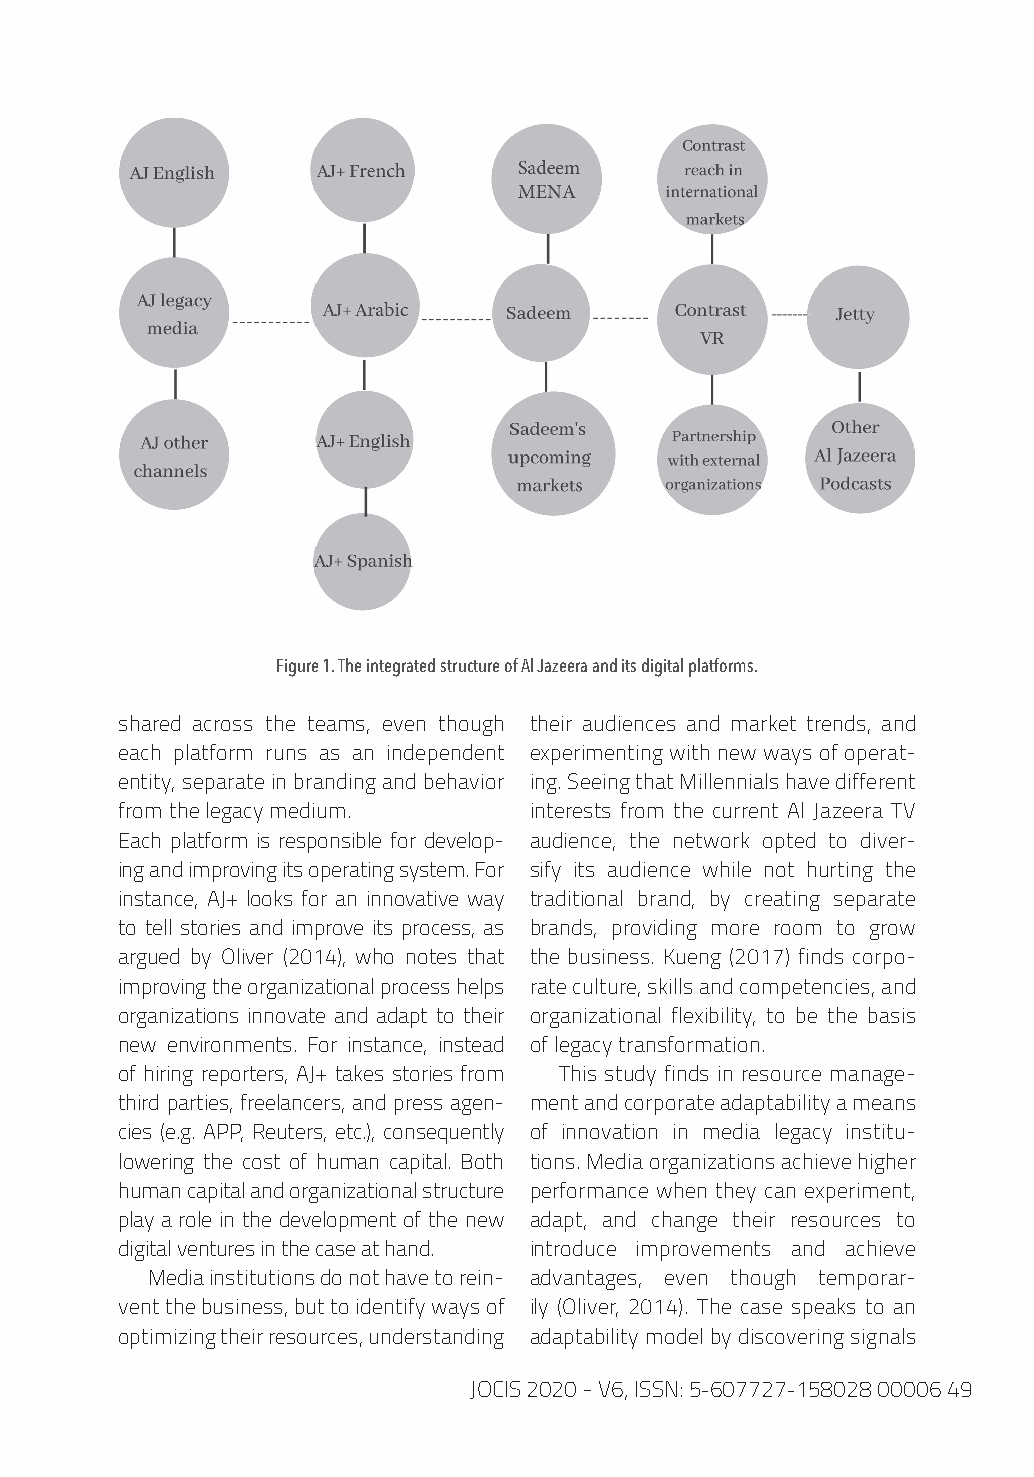
Figure 1. The integrated structure of Al Jazeera and its digital platforms.
 shared across the teams, even though their audiences and market trends, and
 each platform runs as an independent experimenting with new ways of operat-
 entity, separate in branding and behavior ing. Seeing that Millennials have different
 from the legacy medium.    interests from the current Al Jazeera TV
 Each platform is responsible for develop- audience, the network opted to diver-
 ing and improving its operating system. For sify its audience while not hurting the
 instance, AJ+ looks for an innovative way traditional brand, by creating separate
 to tell stories and improve its process, as brands, providing more room to grow
 argued by Oliver (2014), who notes that the business. Kueng (2017) finds corpo-
 improving the organizational process helps rate culture, skills and competencies, and
 organizations innovate and adapt to their organizational flexibility, to be the basis
 new environments. For instance, instead of legacy transformation.
 of hiring reporters, AJ+ takes stories from This study finds in resource manage-
 third parties, freelancers, and press agen- ment and corporate adaptability a means
 cies (e.g. APP, Reuters, etc.), consequently of innovation in media legacy institu-
 lowering the cost of human capital. Both tions. Media organizations achieve higher
 human capital and organizational structure performance when they can experiment,
 play a role in the development of the new adapt, and change their resources to
 digital ventures in the case at hand. introduce improvements and achieve
 Media institutions do not have to rein- advantages, even though temporar-
 vent the business, but to identify ways of ily (Oliver, 2014). The case speaks to an
 optimizing their resources, understanding adaptability model by discovering signals
 JOCIS 2020 - V6, ISSN: 5-607727-158028 00006 49